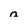
Character: n